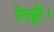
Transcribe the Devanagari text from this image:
गिट्टी।